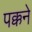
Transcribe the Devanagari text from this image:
पक्कने